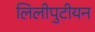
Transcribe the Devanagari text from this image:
लिलीपुटीयन